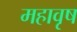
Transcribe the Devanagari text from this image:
महावृष